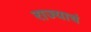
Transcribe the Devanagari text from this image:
राज्याचं